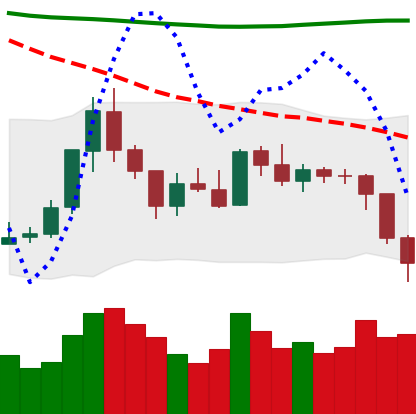
Ticker: ETH-USD
Chart end date: 2018-08-01
Forward return: -3.349%
Label: down_3_5